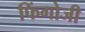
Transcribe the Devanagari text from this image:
फिंगोजी